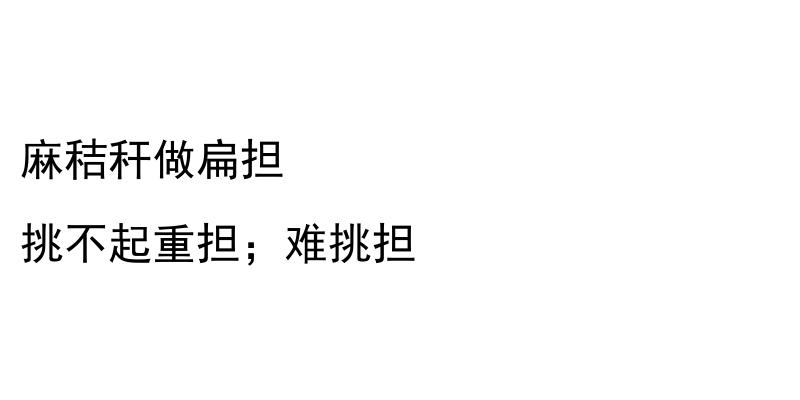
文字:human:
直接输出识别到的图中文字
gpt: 麻秸秆做扁担 挑不起重担；难挑担